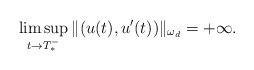
LaTeX: \begin{align*}\limsup_{t\to T_{*}^{-}}\|(u(t),u'(t))\|_{\omega_{d}}=+\infty.\end{align*}